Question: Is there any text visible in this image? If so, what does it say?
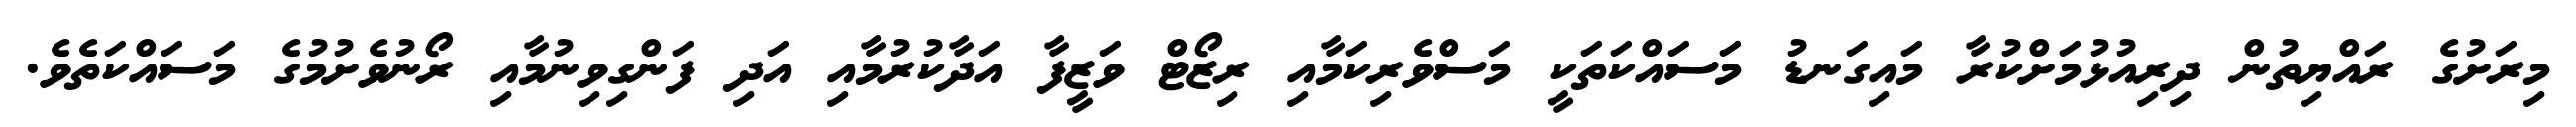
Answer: މިރަށުގެ ރައްޔިތުން ދިރިއުޅުމަށްކުރާ މައިގަނޑު މަސައްކަތަކީ މަސްވެރިކަމާއި ރިޒޯޓް ވަޒީފާ އަދާކުރުމާއި އަދި ފަންގިވިނުމާއި ރޯނުވެށުމުގެ މަސައްކަތެވެ.